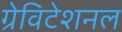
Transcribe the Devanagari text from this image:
ग्रेविटेशनल